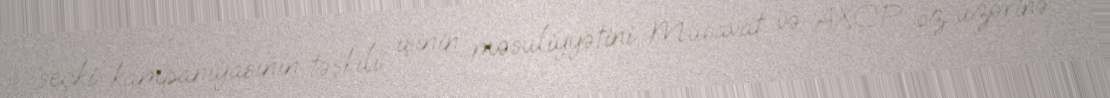
seçki kampaniyasının təşkili işinin məsuliyyətini Müsavat və AXCP öz üzərinə